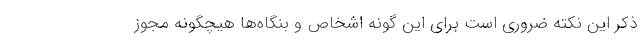
ذکر این نکته ضروری است برای این گونه اشخاص و بنگاه‌ها هیچگونه مجوز